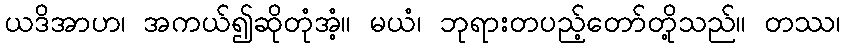
ယဒိအာဟ၊ အကယ်၍ဆိုတုံအံ့။ မယံ၊ ဘုရားတပည့်တော်တို့သည်။ တဿ၊